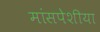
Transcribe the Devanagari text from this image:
मांसपेशीया